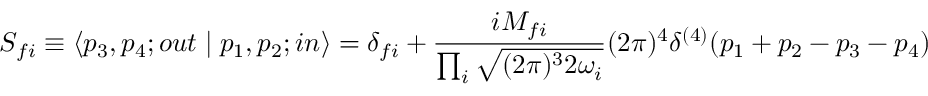
S _ { f i } \equiv \left\langle { { p _ { 3 } , p _ { 4 } ; o u t } } \mathrel { \left| { \vphantom { { o u t \, p _ { 3 } , p _ { 4 } } { p _ { 1 } , p _ { 2 } \, i n } } } \right. \kern - \nulldelimiterspace } { { p _ { 1 } , p _ { 2 } ; i n } } \right\rangle = \delta _ { f i } + { \frac { i { \cal M } _ { f i } } { \prod _ { i } { \sqrt { ( 2 \pi ) ^ { 3 } 2 \omega _ { i } } } } } ( 2 \pi ) ^ { 4 } \delta ^ { ( 4 ) } ( p _ { 1 } + p _ { 2 } - p _ { 3 } - p _ { 4 } )